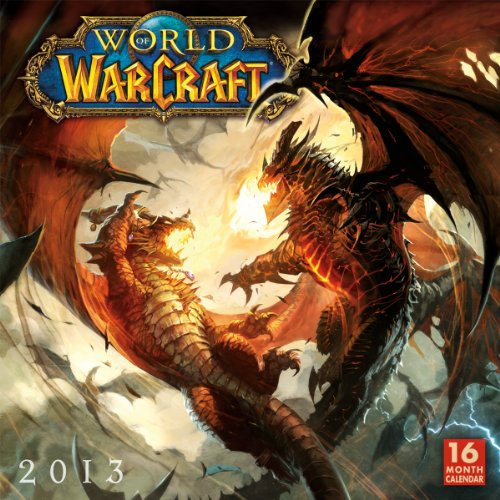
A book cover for The World of WarCraft 2013 Wall (calendar); Blizzard Entertainment; Calendars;